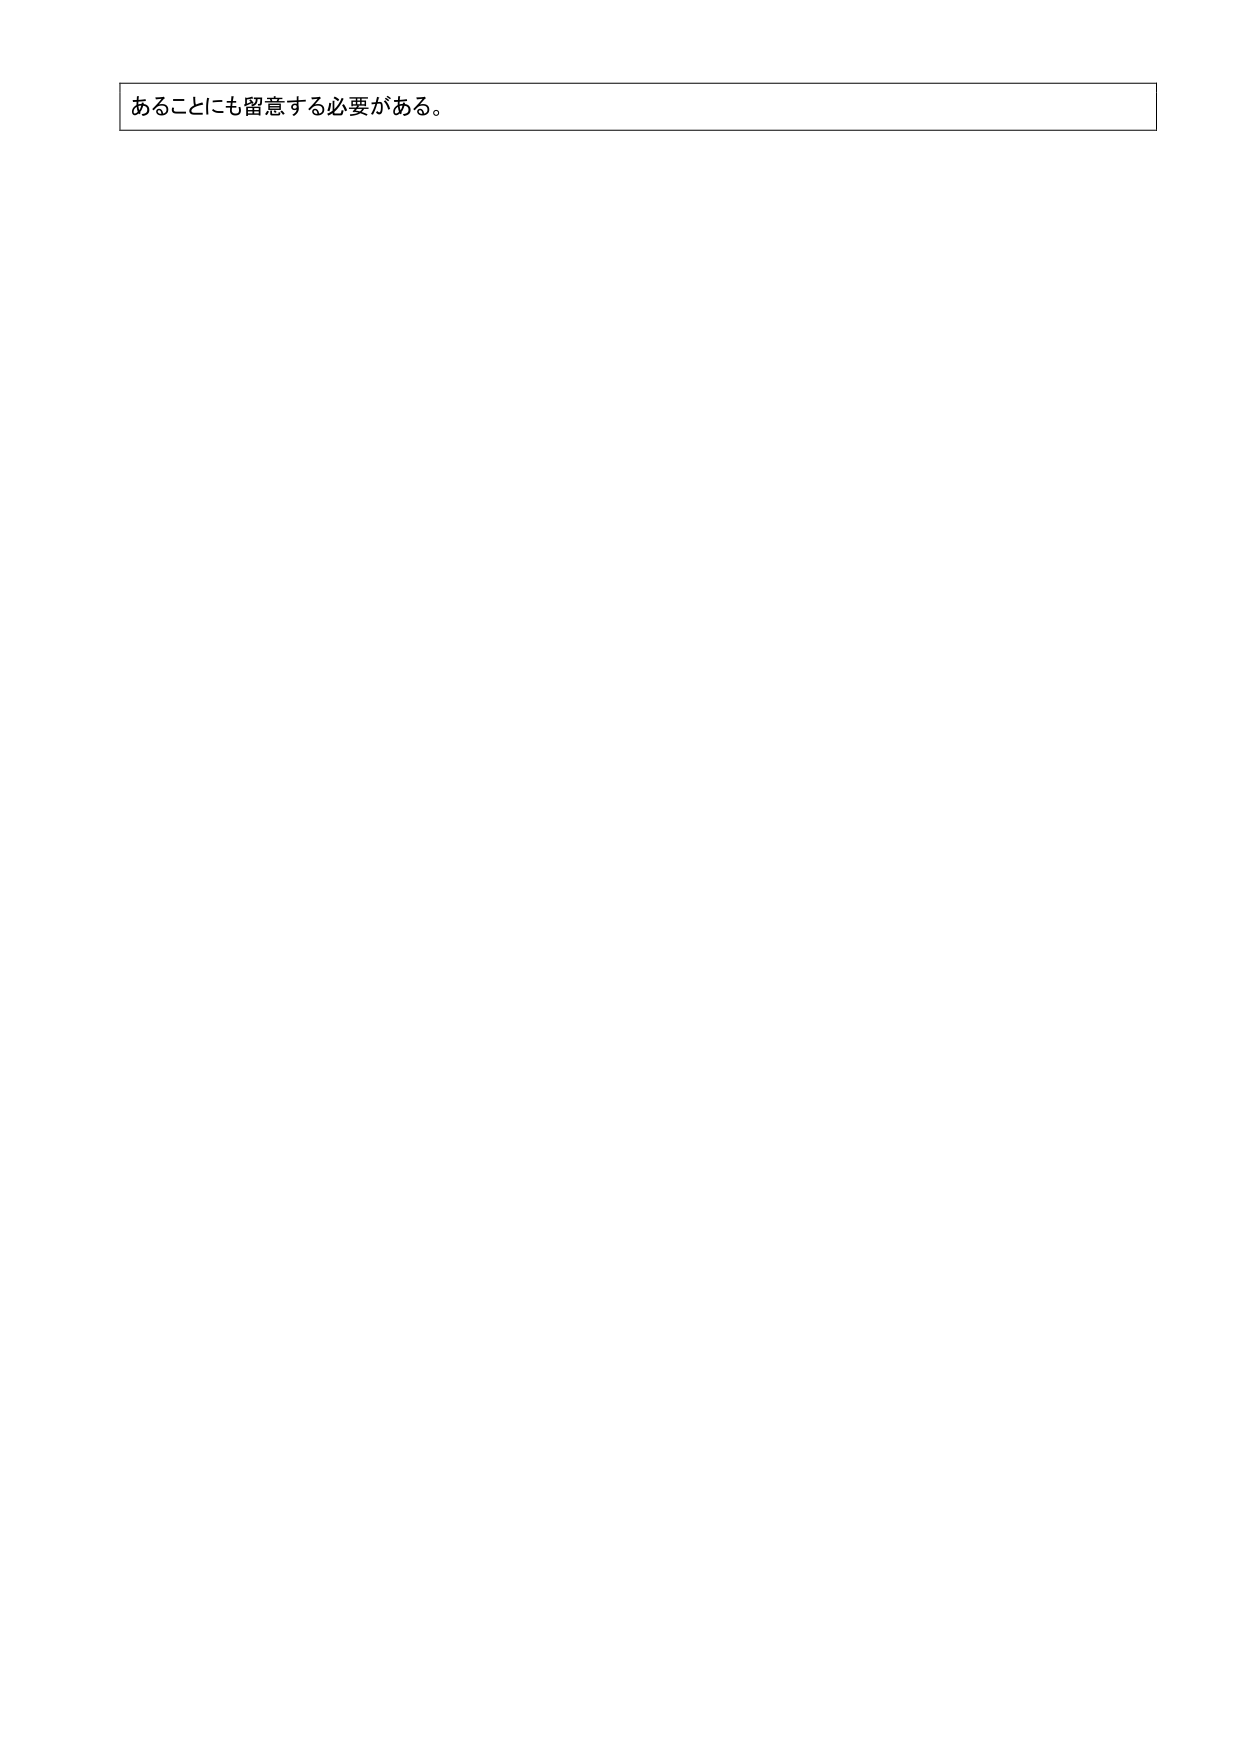
あることにも留意する必要がある。